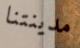
مدينتنا